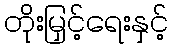
တိုးမြှင့်ရေးနှင့်